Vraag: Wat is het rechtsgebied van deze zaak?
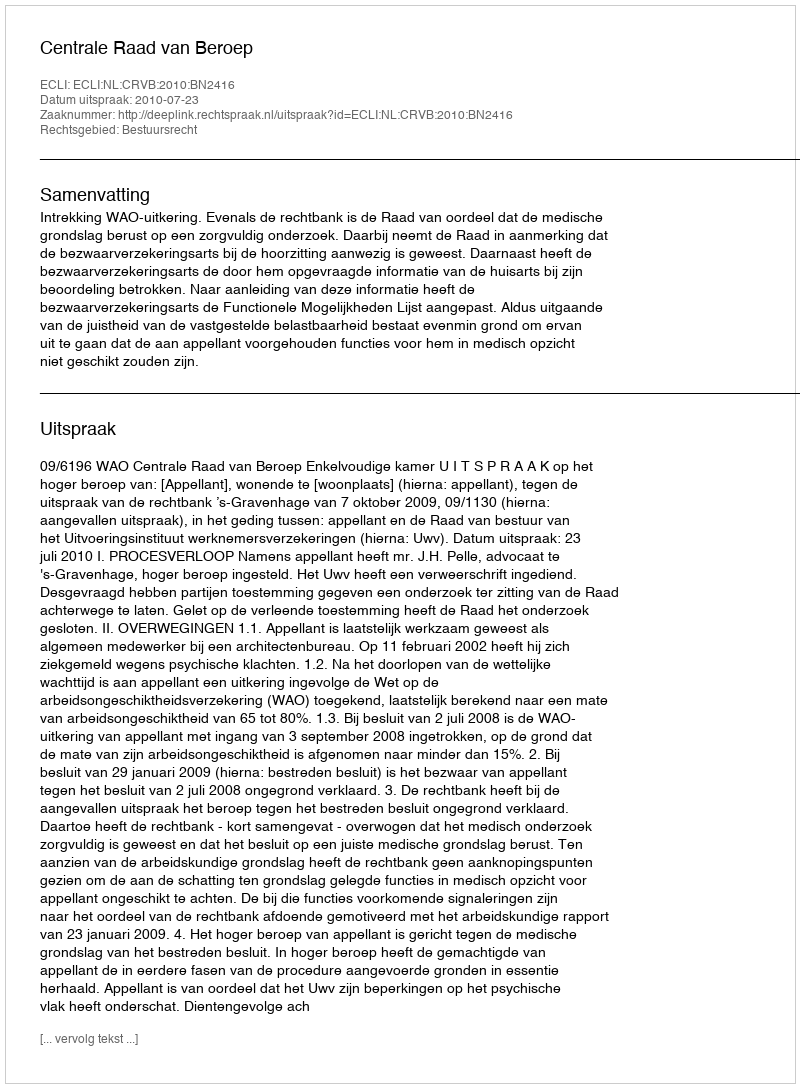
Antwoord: Bestuursrecht